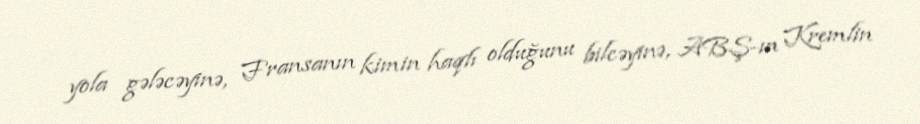
yola gələcəyinə, Fransanın kimin haqlı olduğunu bilcəyinə, ABŞ-ın Kremlin